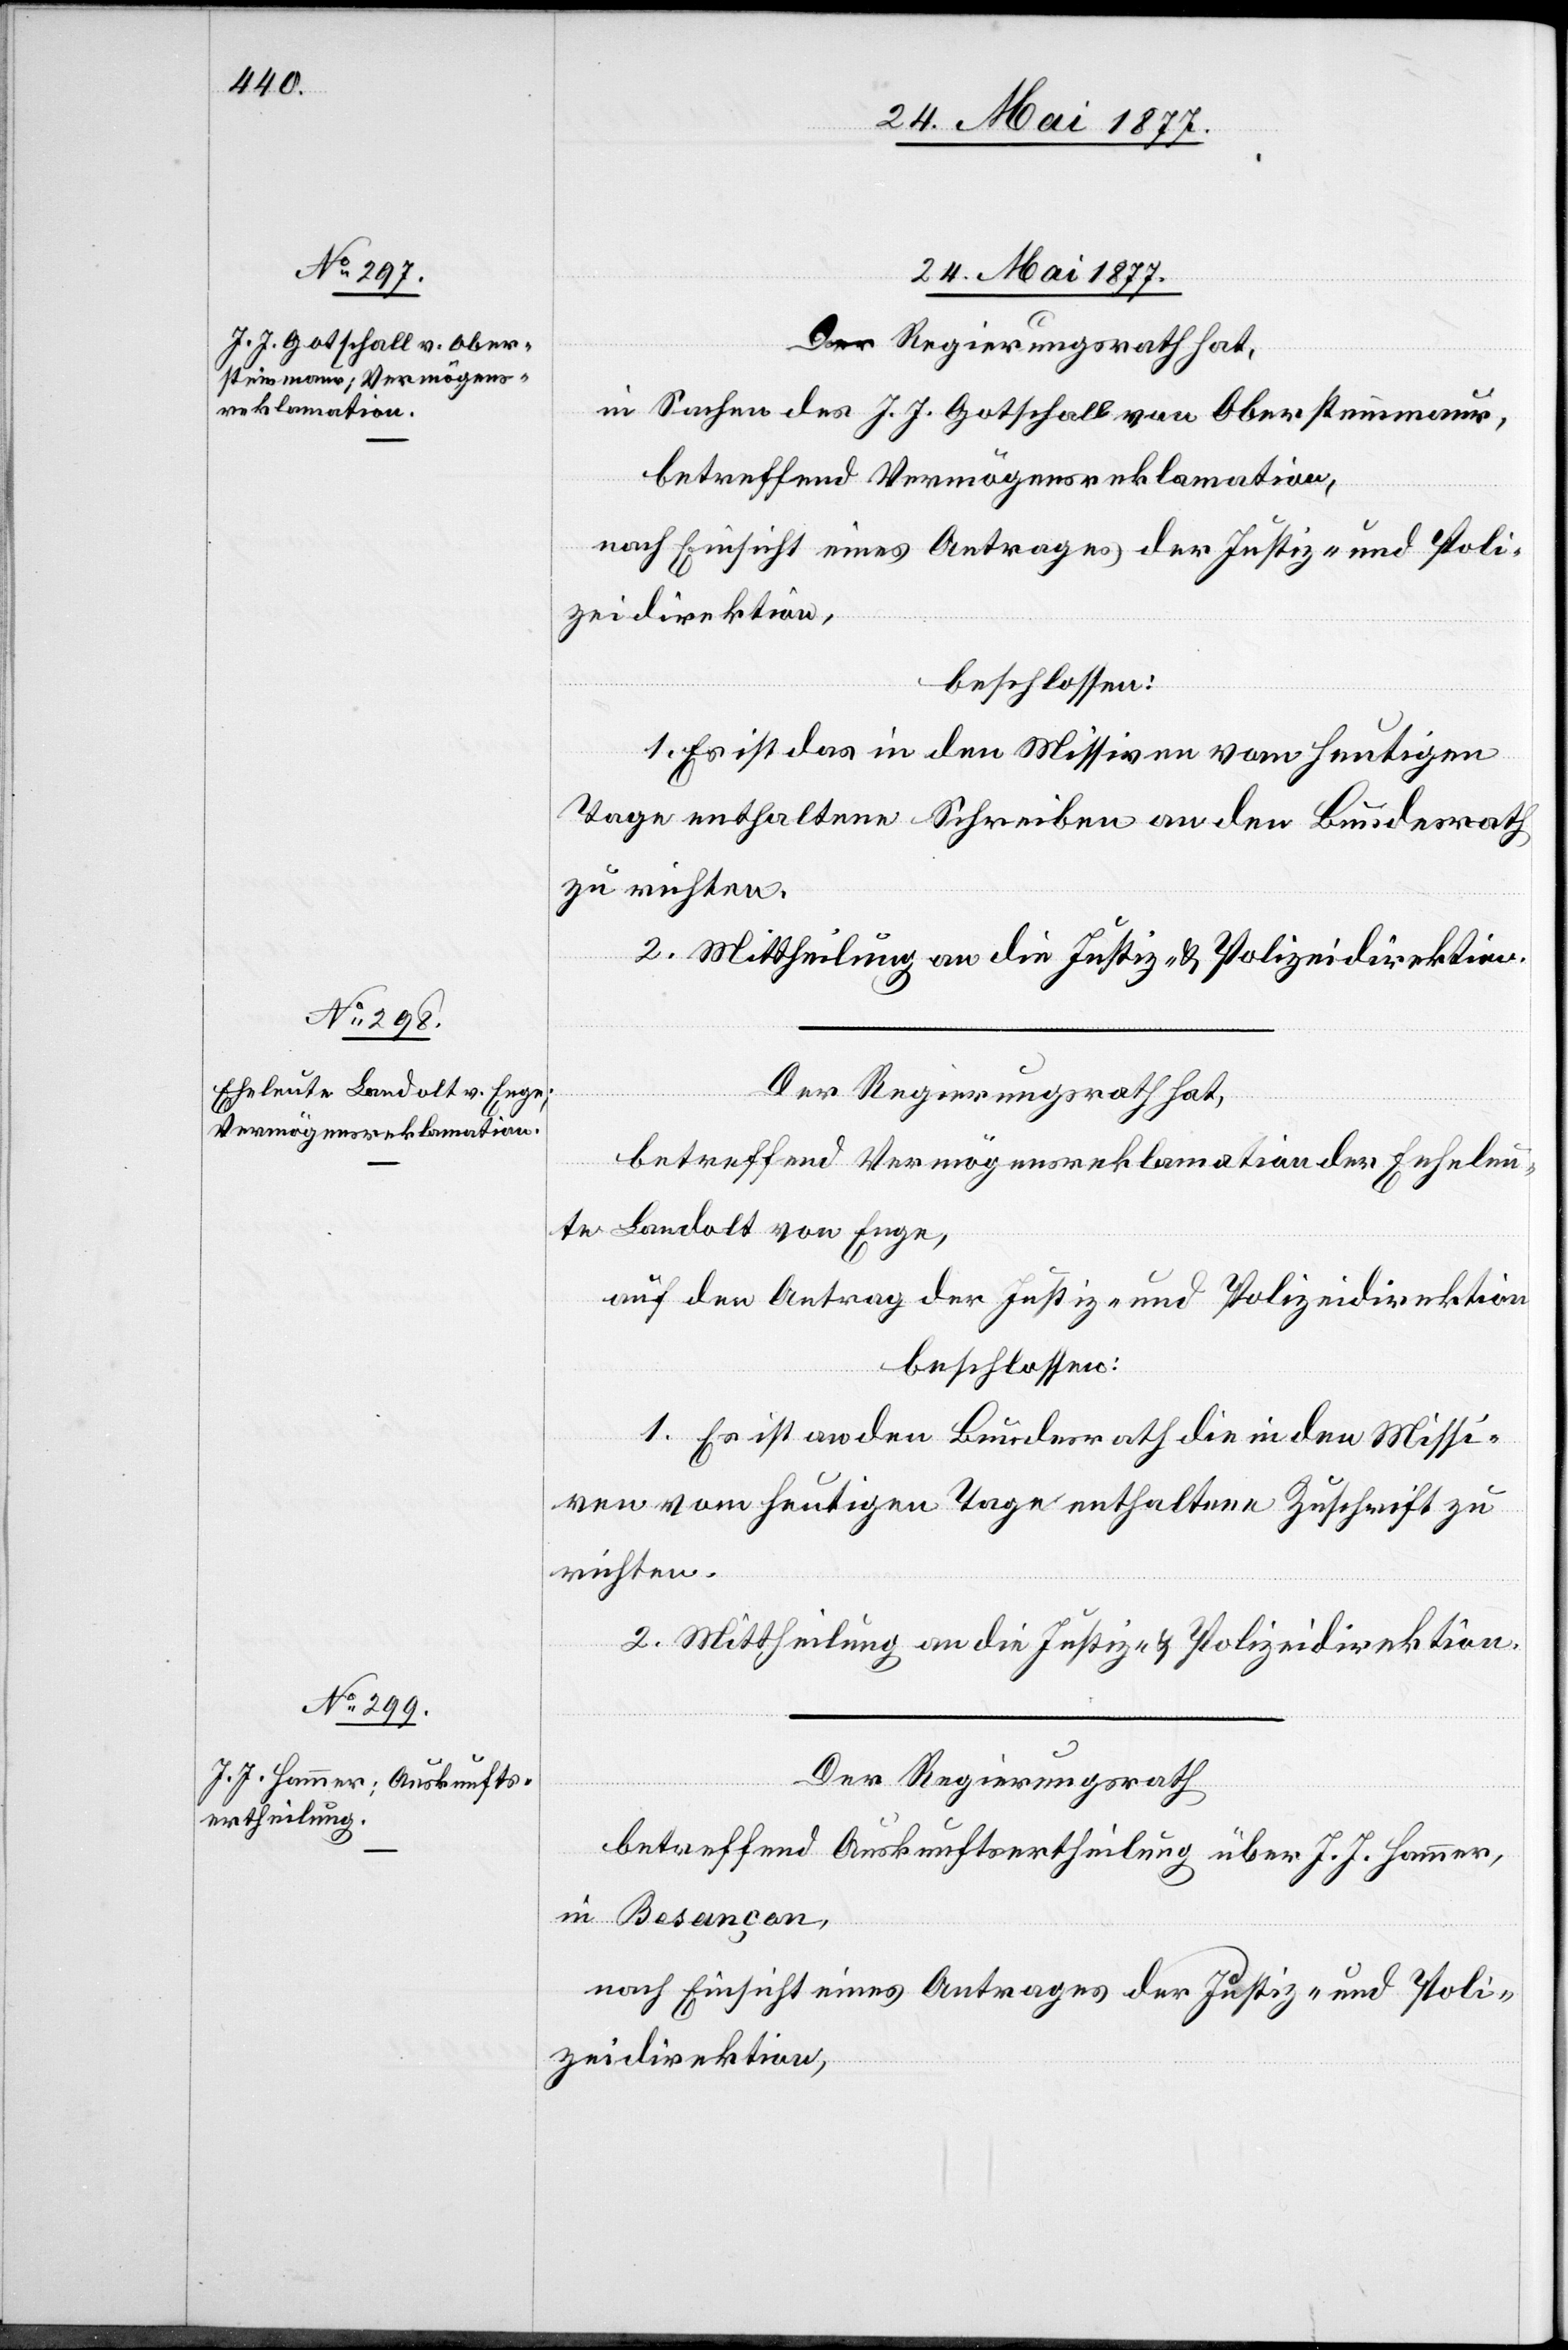
24. Mai 1877.]
Der Regierungsrath hat,
in Sachen des J. J. Gotschall von Obersteinmaur,
betreffend Vermögensreklamation,
nach Einsicht eines Antrages der Justiz- und Poli¬
zeidirektion,
beschlossen:
1. Es ist das in den Missiven vom heutigen
Tage enthaltene Schreiben an den Bundesrath
zu richten.
2. Mittheilung an die Justiz- & Polizeidirektion.
fügungen
betreffend Vermögensreklamation der Eheleu¬
te Landolt von Enge,
auf den Antrag der Justiz- und Polizeidirektion,
beschlossen:
1. Es ist an den Bundesrath die in den Missi¬
ven vom heutigen Tage enthaltene Zuschrift zu
richten.
2. Mittheilung an die Justiz- & Polizeidirektion.
Der Regierungsrath
betreffend Auskunftsertheilung über J. J. Hammer,
in Besançon,
nach Einsicht eines Antrages der Justiz- und Poli¬
zeidirektion,